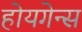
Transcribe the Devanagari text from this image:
होयगेन्स